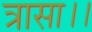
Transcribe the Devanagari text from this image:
त्रासा।।